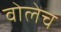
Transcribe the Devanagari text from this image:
वोलेच